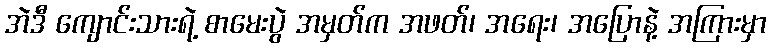
အဲဒီ ကျောင်းသားရဲ့ စာမေးပွဲ အမှတ်က အဖတ်၊ အရေး၊ အပြောနဲ့ အကြားမှာ